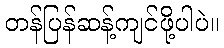
တန်ပြန်ဆန့်ကျင်ဖို့ပါပဲ။